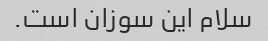
سلام این سوزان است.